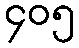
၄၀၅